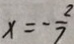
x = - \frac { 2 } { 7 }